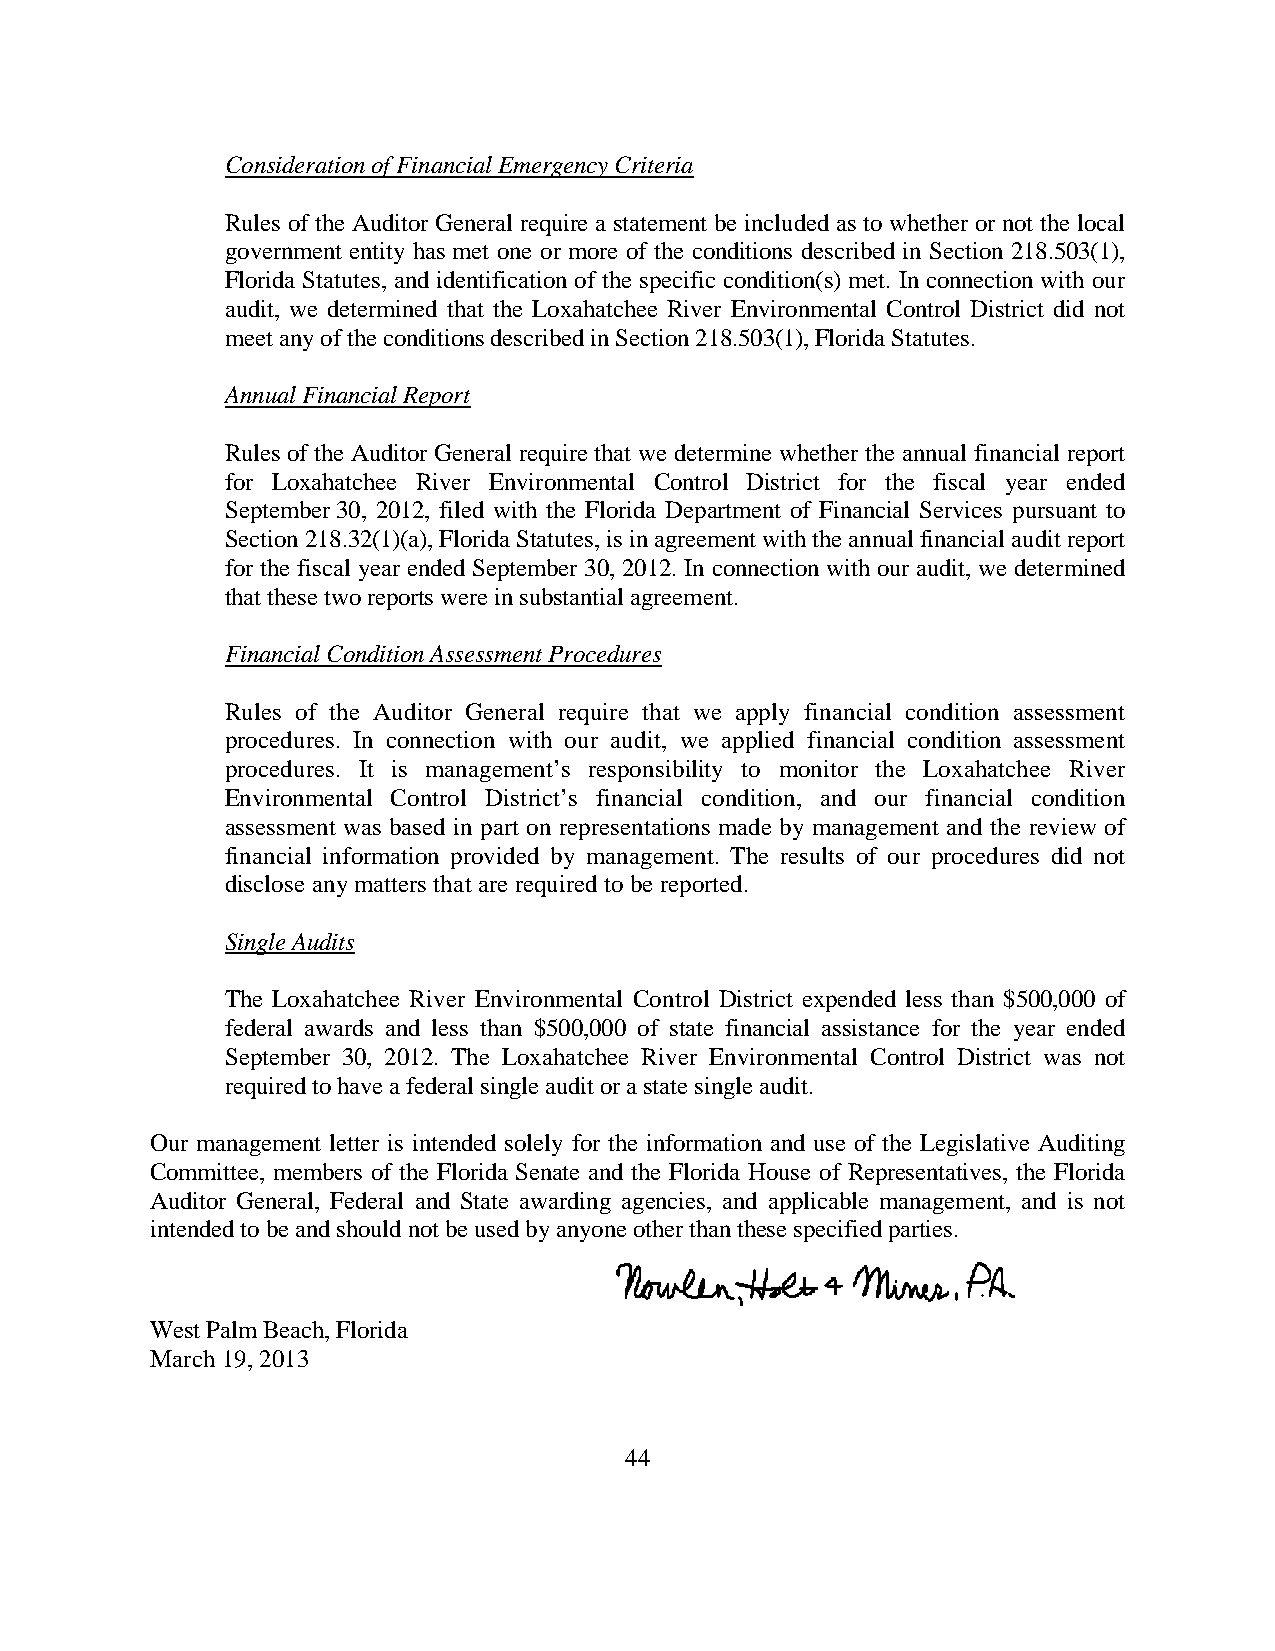
Consideration of Financial Emergency Criteria
 Rules of the Auditor General require a statement be included as to whether or not the local
 government entity has met one or more of the conditions described in Section 218.503(1),
 Florida Statutes, and identification of the specific condition(s) met. In connection with our
 audit, we determined that the Loxahatchee River Environmental Control District did not
 meet any of the conditions described in Section 218.503(1), Florida Statutes.
 Annual Financial Report
 Rules of the Auditor General require that we determine whether the annual financial report
 for Loxahatchee River Environmental Control District for the fiscal year ended
 September 30, 2012, filed with the Florida Department of Financial Services pursuant to
 Section 218.32(1)(a), Florida Statutes, is in agreement with the annual financial audit report
 for the fiscal year ended September 30, 2012. In connection with our audit, we determined
 that these two reports were in substantial agreement.
 Financial Condition Assessment Procedures
 Rules of the Auditor General require that we apply financial condition assessment
 procedures. In connection with our audit, we applied financial condition assessment
 procedures. It is management’s responsibility to monitor the Loxahatchee River
 Environmental Control District’s financial condition, and our financial condition
 assessment was based in part on representations made by management and the review of
 financial information provided by management. The results of our procedures did not
 disclose any matters that are required to be reported.
 Single Audits
 The Loxahatchee River Environmental Control District expended less than $500,000 of
 federal awards and less than $500,000 of state financial assistance for the year ended
 September 30, 2012. The Loxahatchee River Environmental Control District was not
 required to have a federal single audit or a state single audit.
 Our management letter is intended solely for the information and use of the Legislative Auditing
 Committee, members of the Florida Senate and the Florida House of Representatives, the Florida
 Auditor General, Federal and State awarding agencies, and applicable management, and is not
 intended to be and should not be used by anyone other than these specified parties.
 West Palm Beach, Florida
 March 19, 2013
 44